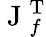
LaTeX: \mathrm{~J~}_{f}^{\operatorname{T}}